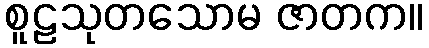
စူဠသုတသောမ ဇာတက။